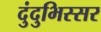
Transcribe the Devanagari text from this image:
दुंदुभिस्सर